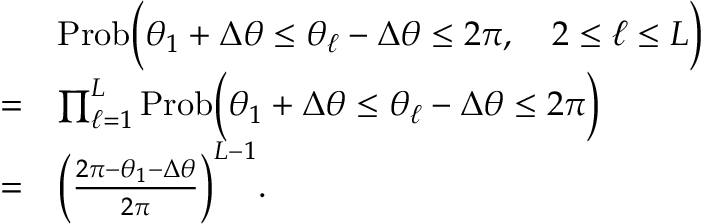
\begin{array} { r l } & { \mathrm { P r o b } \Big ( \theta _ { 1 } + \Delta \theta \le \theta _ { \ell } - \Delta \theta \le 2 \pi , \quad 2 \le \ell \le L \Big ) } \\ { = } & { \prod _ { \ell = 1 } ^ { L } \mathrm { P r o b } \Big ( \theta _ { 1 } + \Delta \theta \le \theta _ { \ell } - \Delta \theta \le 2 \pi \Big ) } \\ { = } & { \Big ( \frac { 2 \pi - \theta _ { 1 } - \Delta \theta } { 2 \pi } \Big ) ^ { L - 1 } . } \end{array}